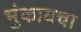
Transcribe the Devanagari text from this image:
भुंकायचा